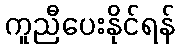
ကူညီပေးနိုင်ရန်